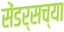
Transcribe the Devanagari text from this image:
सेंडर्सच्या